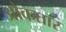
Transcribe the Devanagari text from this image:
ओकतार